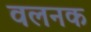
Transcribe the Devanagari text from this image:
वलनक